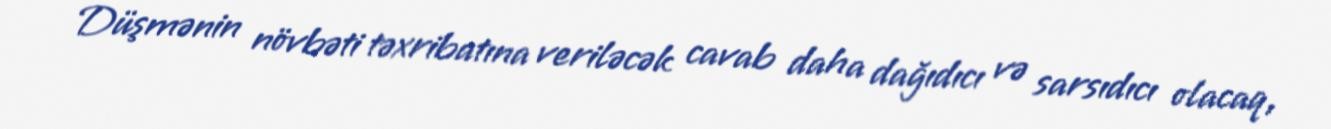
Düşmənin növbəti təxribatına veriləcək cavab daha dağıdıcı və sarsıdıcı olacaq,